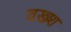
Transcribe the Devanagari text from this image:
वख्श